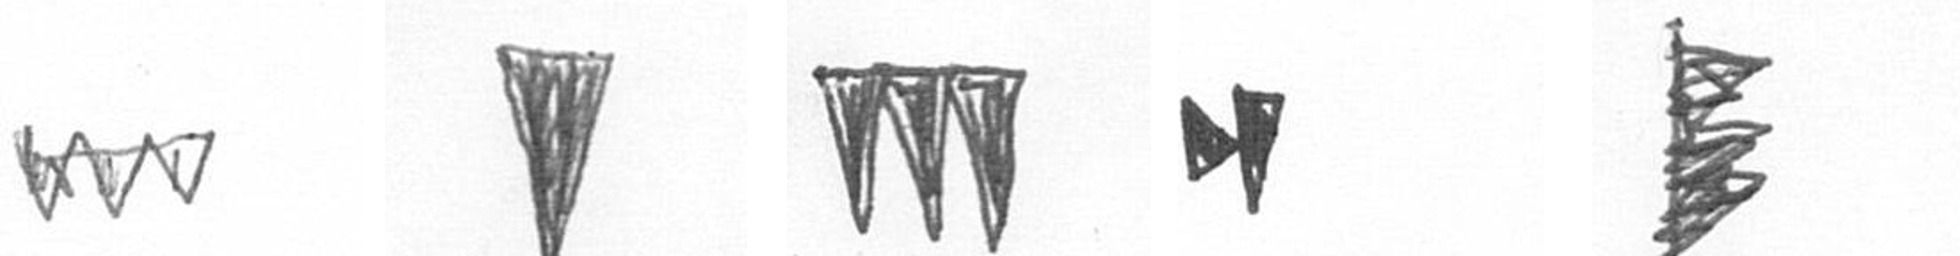
L J L M H